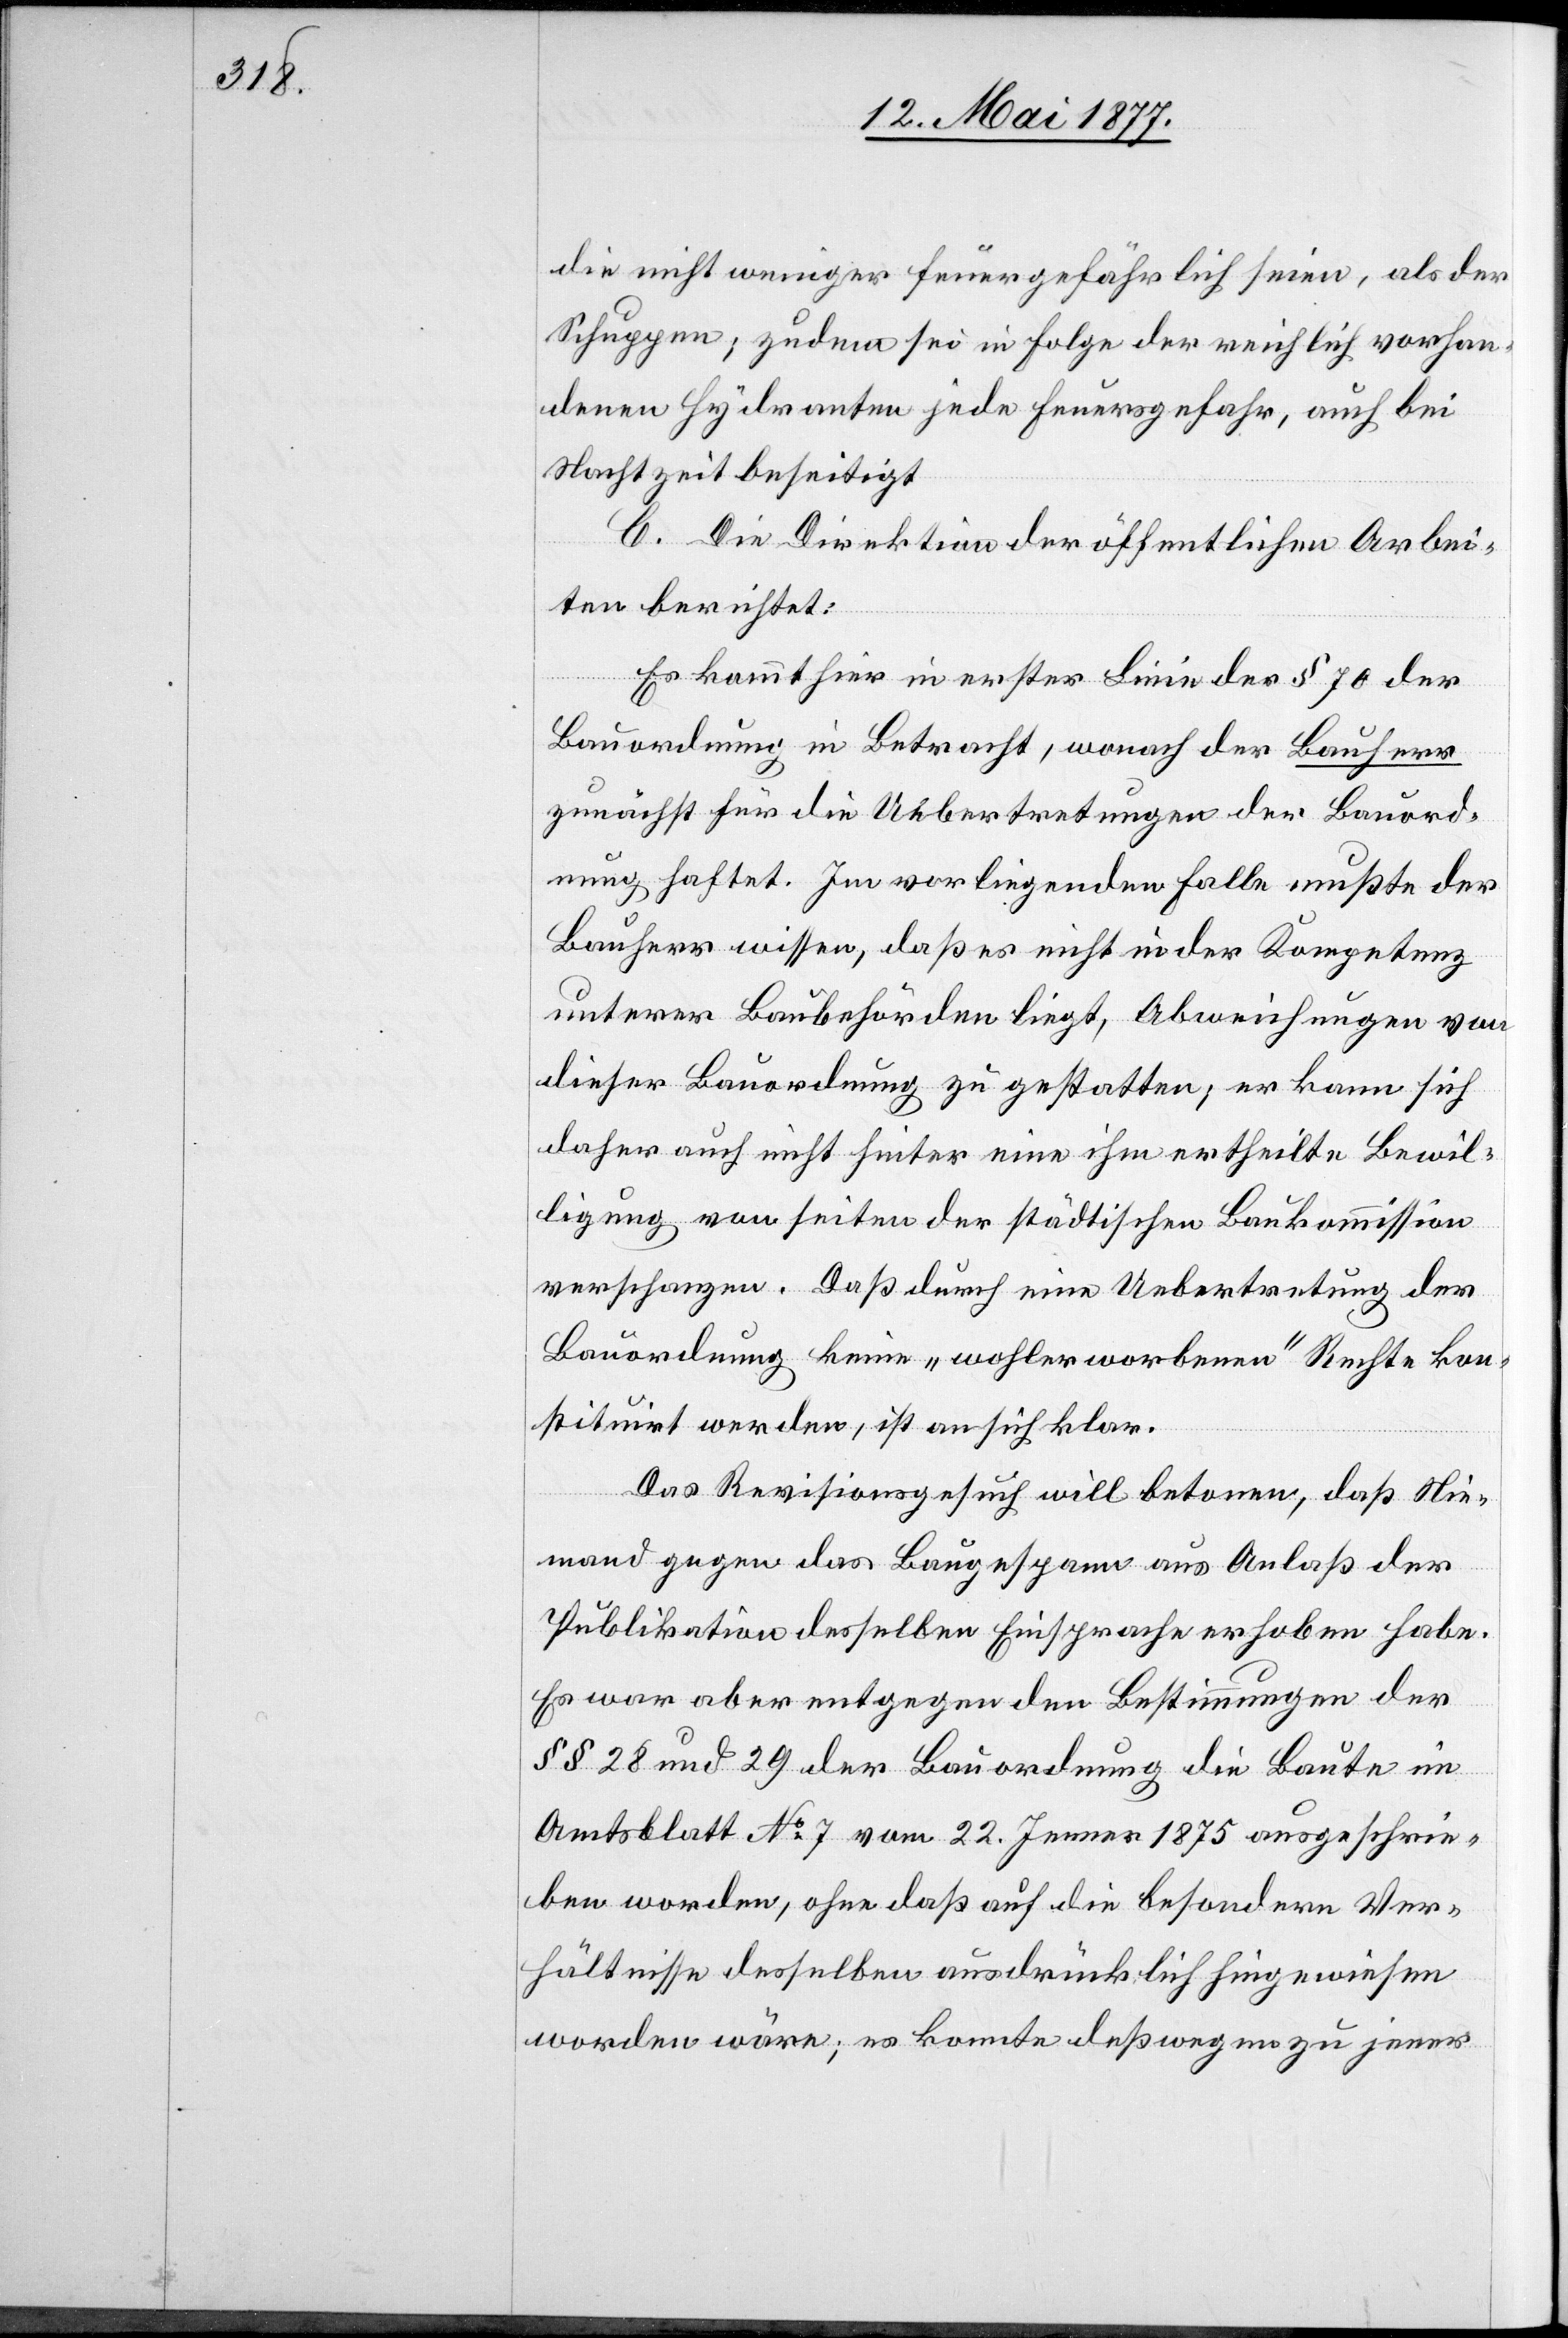
die nicht weniger feuergefährlich seien, als der
Schuppen; zudem sei in Folge der reichlich vorhan¬
denen Hydranten jede Feuergefahr, auch bei
Nachtzeit beseitigt.
C. Die Direktion der öffentlichen Arbei¬
ten berichtet:
Es kommt hier in erster Linie der § 70 der
Bauordnung in Betracht, wonach der Bauherr
zunächst für die Uebertretungen der Bauord¬
nung haftet. Im vorliegenden Falle mußte der
Bauherr wissen, daß es nicht in der Kompetenz
unterer Baubehörden liegt, Abweichungen von
dieser Bauordnung zu gestatten; er kann sich
daher auch nicht hinter eine ihm ertheilte Bewil¬
ligung von seiten [sic!] der städtischen Baukommission
verschanzen. Daß durch eine Uebertretung der
Bauordnung keine „wohlerworbenen“ Rechte kon¬
stituirt werden, ist an sich klar.
Das Revisionsgesuch will betonen, daß Nie¬
mand gegen das Baugespann aus Anlaß der
Publikation desselben Einsprache erhoben habe.
Es war aber entgegen den Bestimmungen der
§§ 28 und 29 der Bauordnung die Baute im
Amtsblatt No 7 vom 22. Jenner 1875 ausgeschrie¬
ben worden, ohne daß auf die besondern Ver¬
hältnisse desselben ausdrücklich hingewiesen
worden wäre; es konnte deßwegen zu jener